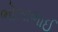
ભોલાભાઈ